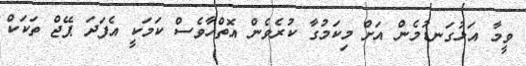
ވީމާ އަޅުގަނޑުމެން އަަށް މިކަމުގާ ކުރެވެން އޮތްހާވެސް ކަމަކީ އެފަދަ ޕޭޖް ތަކަކް